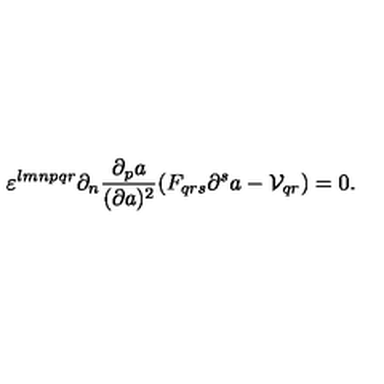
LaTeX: \varepsilon ^ { l m n p q r } \partial _ { n } { \frac { \partial _ { p } a } { ( \partial a ) ^ { 2 } } } ( F _ { q r s } \partial ^ { s } a - { \cal V } _ { q r } ) = 0 .